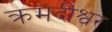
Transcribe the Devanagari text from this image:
क्रमदीश्वर